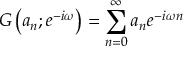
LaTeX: G \left( a _ { n } ; e ^ { - i \omega } \right) = \sum _ { n = 0 } ^ { \infty } a _ { n } e ^ { - i \omega n }